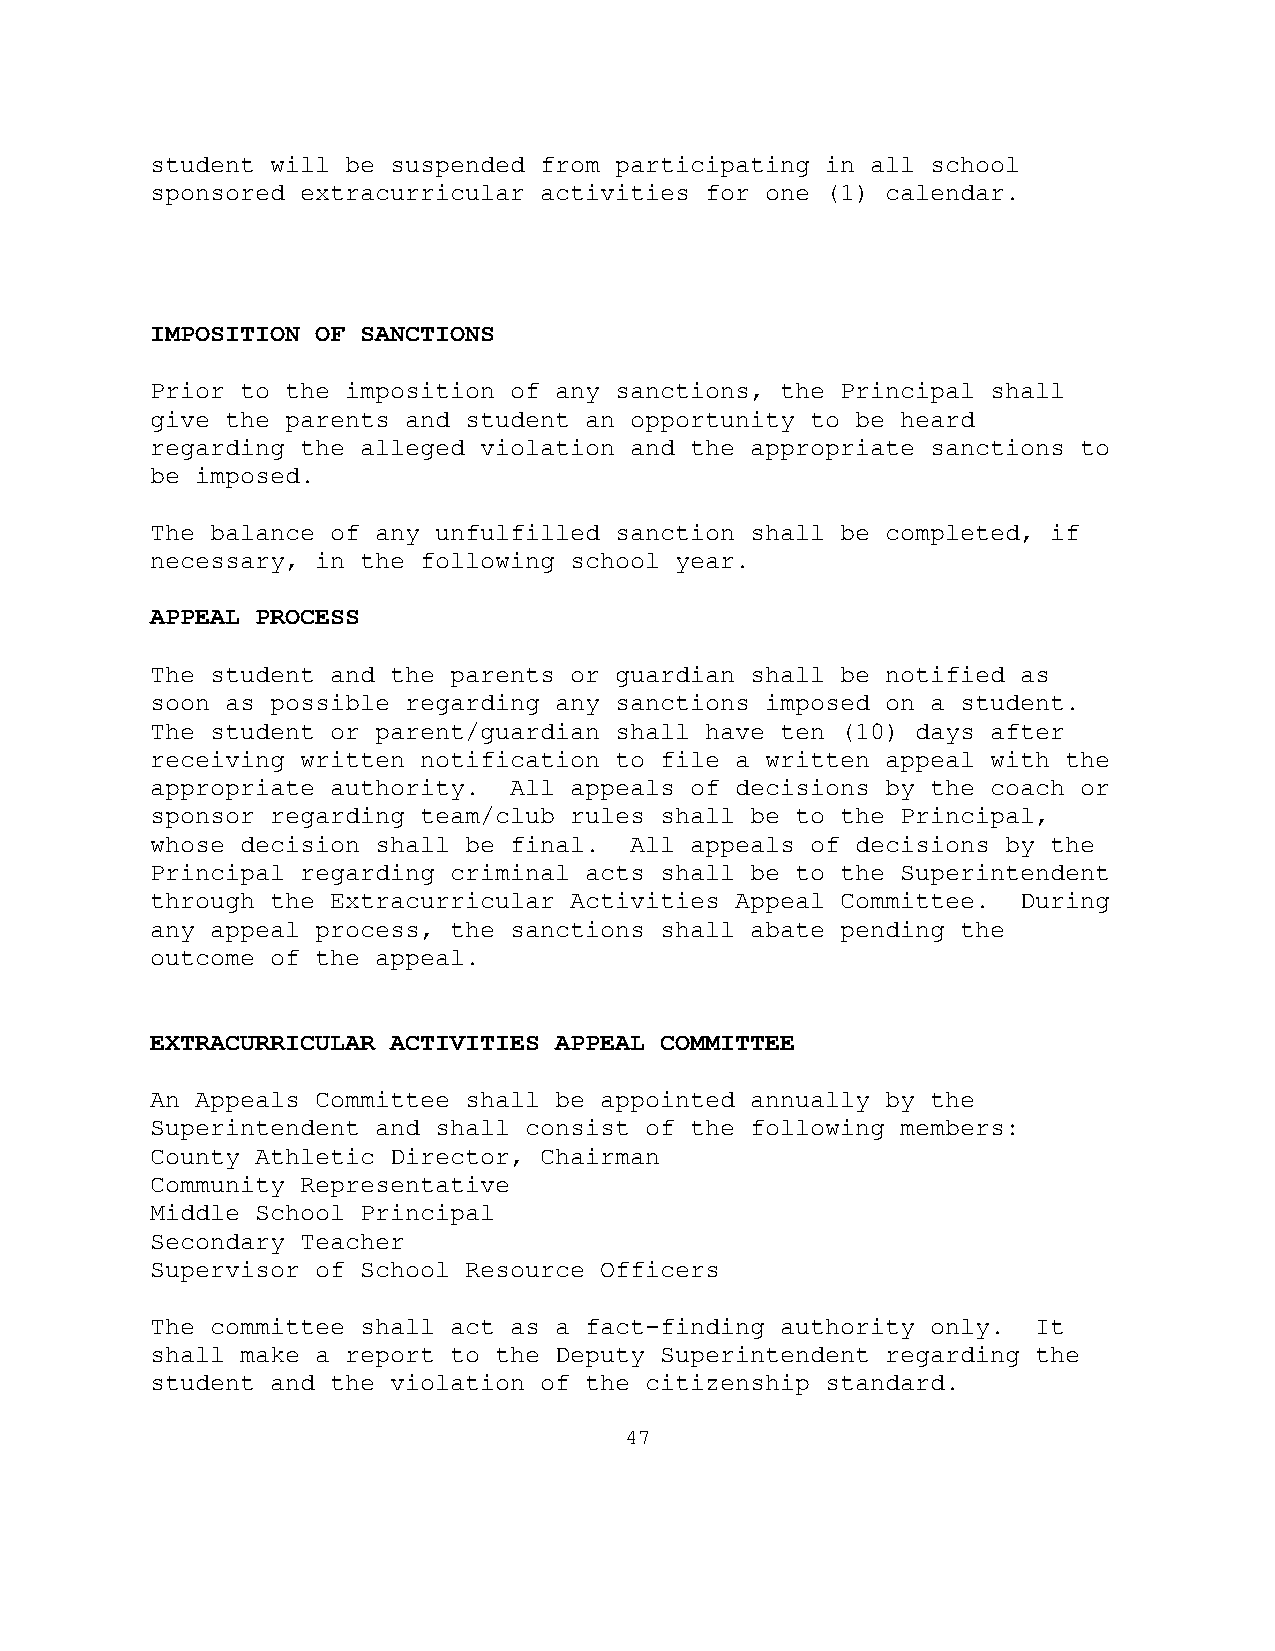
student will be suspended from participating in all school
 sponsored extracurricular activities for one (1) calendar.
 IMPOSITION OF SANCTIONS
 Prior to the imposition of any sanctions, the Principal shall
 give the parents and student an opportunity to be heard
 regarding the alleged violation and the appropriate sanctions to
 be imposed.
 The balance of any unfulfilled sanction shall be completed, if
 necessary, in the following school year.
 APPEAL PROCESS
 The student and the parents or guardian shall be notified as
 soon as possible regarding any sanctions imposed on a student.
 The student or parent/guardian shall have ten (10) days after
 receiving written notification to file a written appeal with the
 appropriate authority.  All appeals of decisions by the coach or
 sponsor regarding team/club rules shall be to the Principal,
 whose decision shall be final.  All appeals of decisions by the
 Principal regarding criminal acts shall be to the Superintendent
 through the Extracurricular Activities Appeal Committee.  During
 any appeal process, the sanctions shall abate pending the
 outcome of the appeal.
 EXTRACURRICULAR ACTIVITIES APPEAL COMMITTEE
 An Appeals Committee shall be appointed annually by the
 Superintendent and shall consist of the following members:
 County Athletic Director, Chairman
 Community Representative
 Middle School Principal
 Secondary Teacher
 Supervisor of School Resource Officers
 The committee shall act as a fact-finding authority only.  It
 shall make a report to the Deputy Superintendent regarding the
 student and the violation of the citizenship standard.
 47